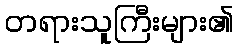
တရားသူကြီးများ၏